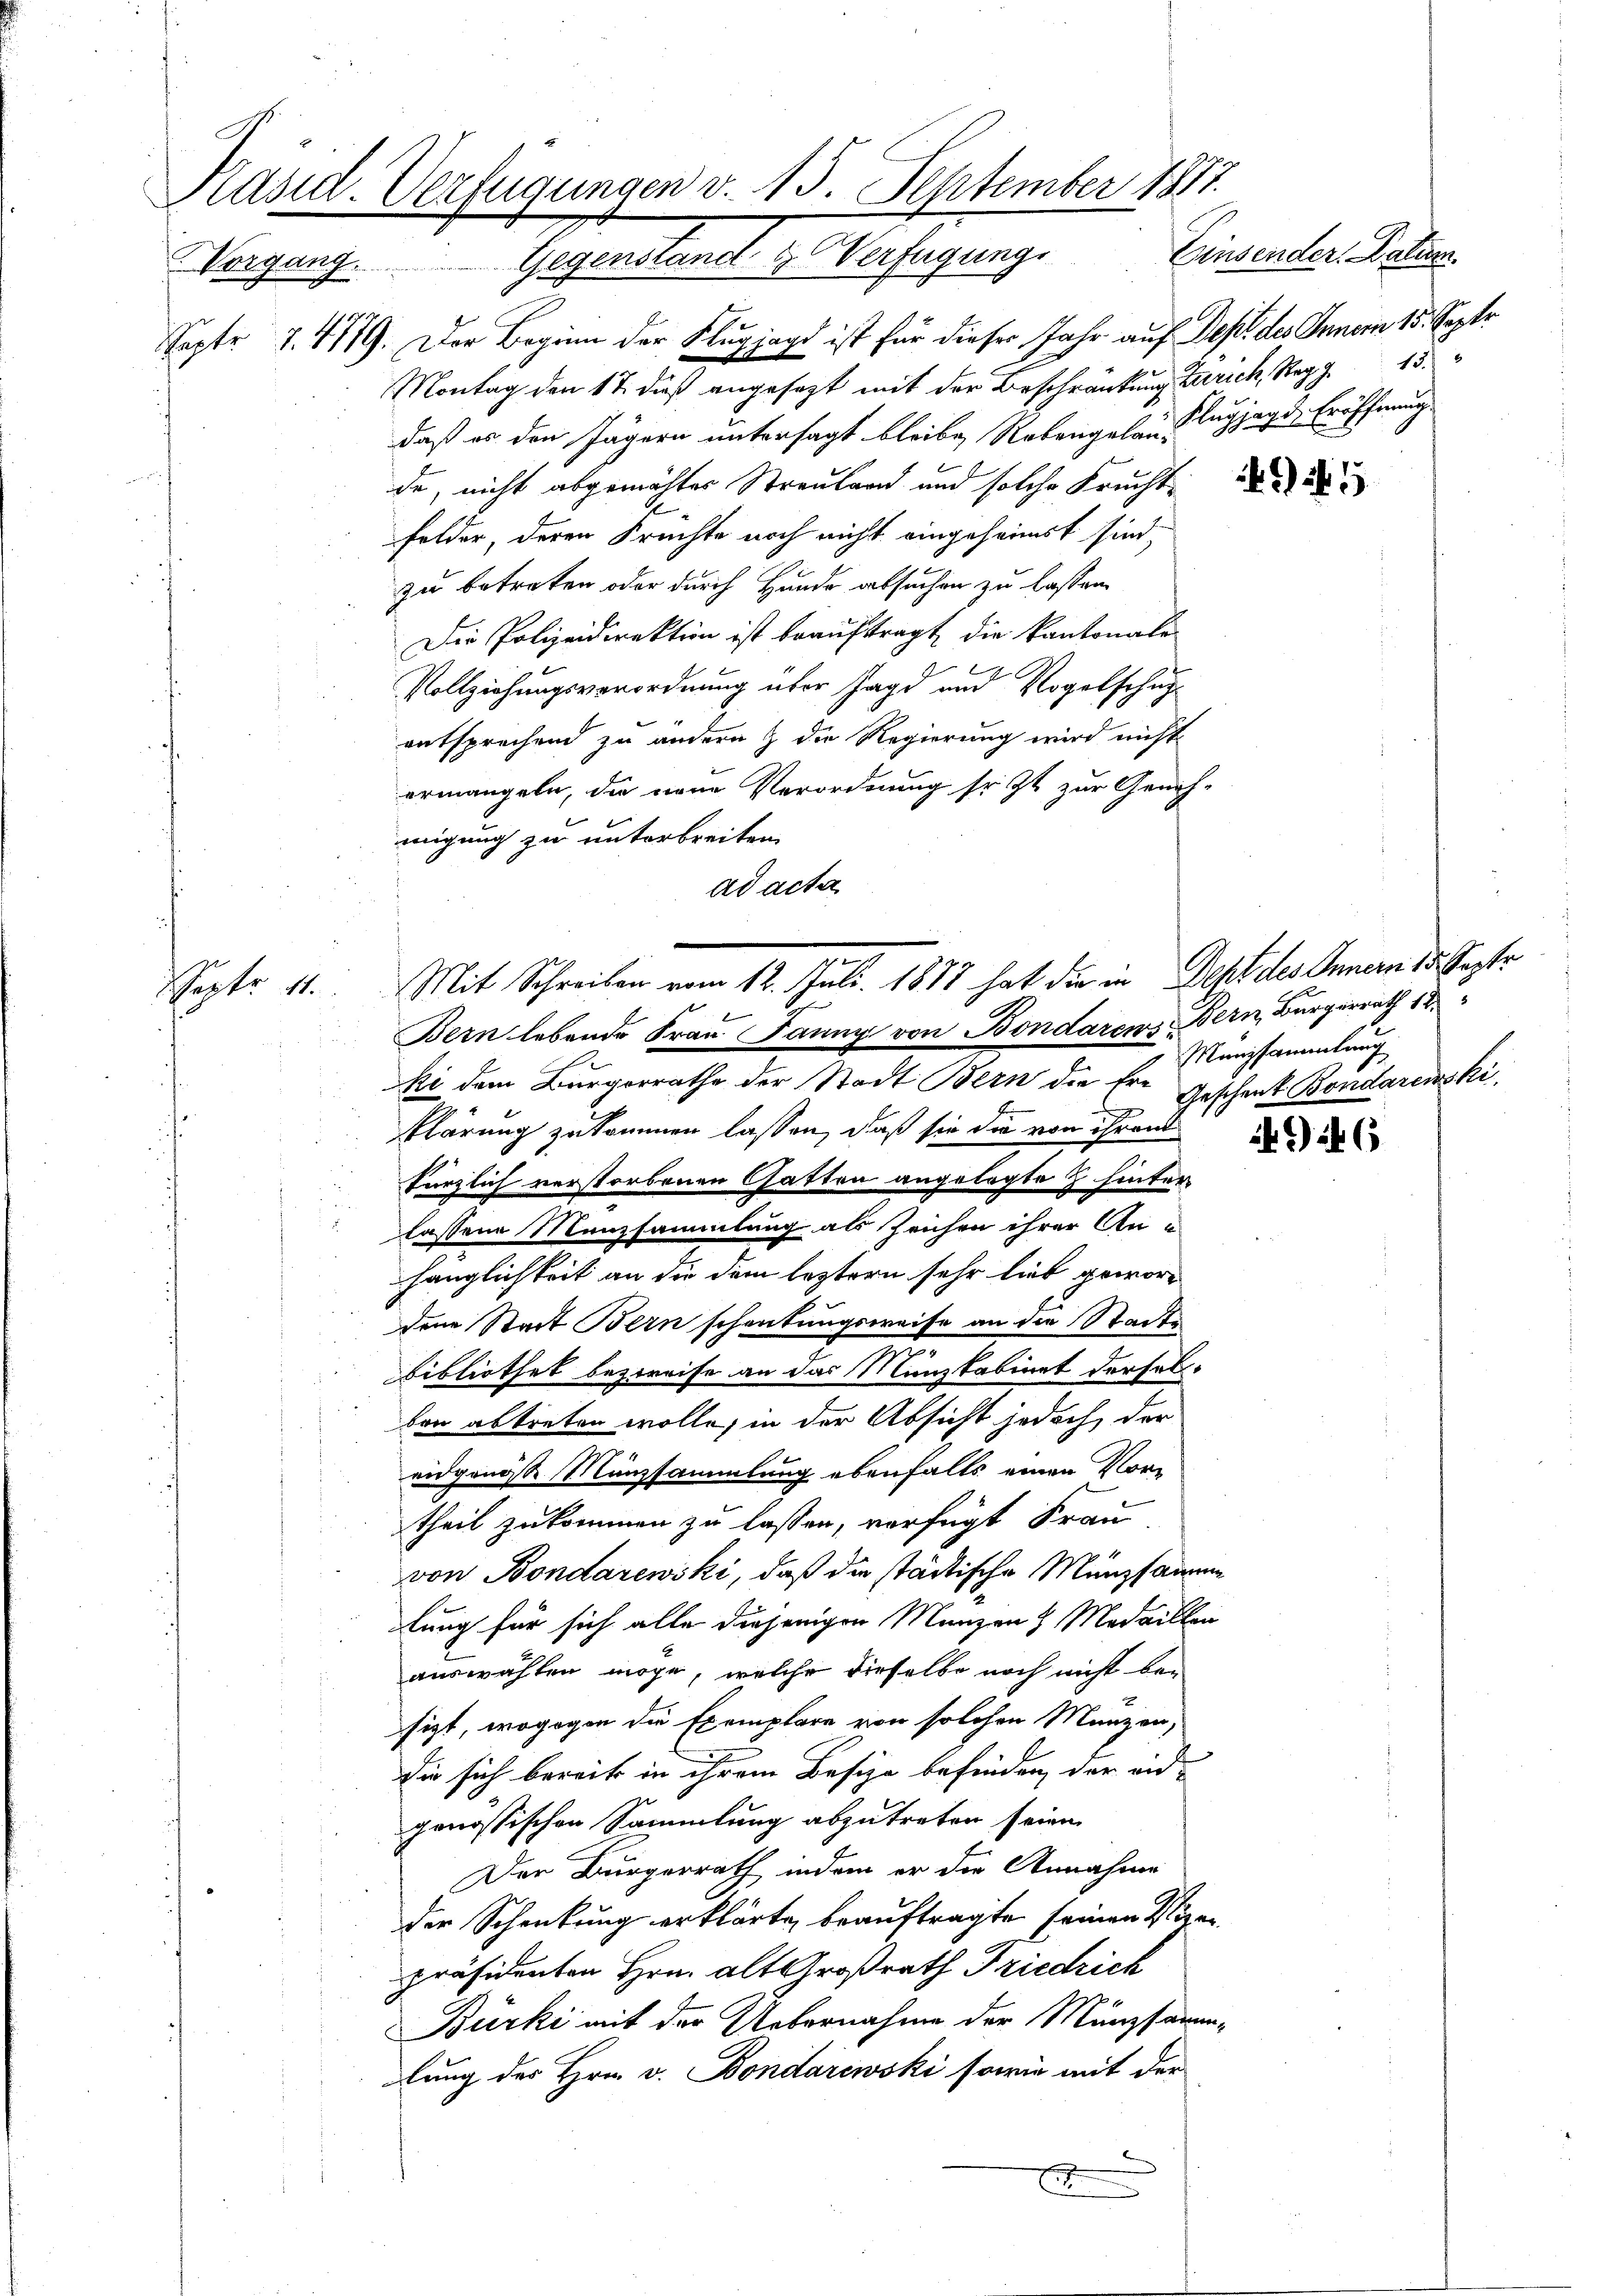
Präsid. Verfügungen v. 15. September 1817.
Einsender Datum.
Vorgang. Gegenstand & Verfügung.

Saptr 7. 4179. Der Beginn der Klugjagd ist für dieser Jahr auf Dept des Innern 15. Septr
Montag den 17. dieß angesezt mit der Beschränkung Zürich, Regg. 15.
daß es den Jägern untersagt bleibe, Rebengelaus Flugjagi, Eröffnung
de, nicht abgemachter Strautern und solche Kracht de
Felder, deren Frechte noch nicht eingeheimst sind,
zu betreten oder durch Hunde absuchen zu lassen.
Die Polizeidirektion ist beauftragt, die kantonale
Vollziehungsverordnung über Jagd und Vogelschupentsprechend zu andern & die Regierung wird nicht
ermangeln, die neue Verordnung so zt zur Geneh-
migung zu unterbreiten.
ad acta.

Septe 11. Mit Schreiben vom 12. Juli 1877 hat die in Dest des Innern des Gestr
b
Bern lebende Frau Jaung von Bondarens Bern, Bürgerrath 18.
ki dem Burgerrathe der Stadt Bern die Er¬

klärung zukommen lassen, daß sie die von ihren
kürzlich verstorbenen Gatten angelegte J. hinter
lassene Manzsammlung als Zeichen ihrer An-
hänglichkeit an die dem leztern sehr lieb gewordene Stadt Bern schenkungsweise an die Stadte
bibliothet bezweife an das Münzkabinet derselben abtreten wolle, in der Absicht jedoch, der
eidgenosse Münzsammlung ebenfalls einen Vor-
theil zukommen zu lassen, verfügt Frau
von Bondarewski, daß die städtische Münzsamme
lung für sich alle diejenigen Manzen & Medaillen
auswählen möge, welche dieselbe noch nicht be-
sizt, wogegen die Exemplare von solchen Manzen,
die sich bereits in ihrem Besize befinden, der eidgenössischen Sammlung abzutreten seien.
Der Bürgerrath indem er die Annahme
der Schankung erklärte beauftragte seinen Vizen
präsidenten Hrn. alt Großrath Friedrich
Bürki mit der Uebernahme der Münzsamm-
lung des Hrn. v. Bondarewski sowie mit der
x

G 46

Münzsammlung
Geschenk Bondarinski,